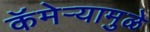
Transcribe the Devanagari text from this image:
कॅमेऱ्यामुळे